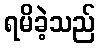
ရမိခဲ့သည်